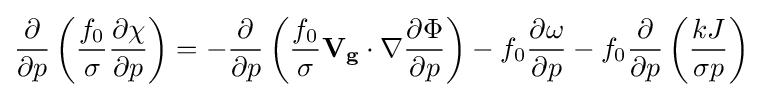
{{{\partial  \over \partial p}\left({{f_{0} \over \sigma }{\partial \chi  \over \partial p}}\right)}=-{{\partial  \over \partial p}\left({{f_{0} \over \sigma }{\mathbf {V_{g}} \cdot \nabla }{\partial \Phi  \over \partial p}}\right)}-{{f_{0}}{\partial \omega  \over \partial p}}-{{f_{0}}{\partial  \over \partial p}\left({kJ \over \sigma p}\right)}}